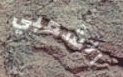
الشعبي